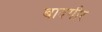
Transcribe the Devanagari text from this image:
बादगीर